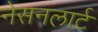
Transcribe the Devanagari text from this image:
नेसनलार्ट